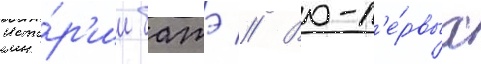
исто́р'ии батэ // Во-п'е́рвых